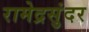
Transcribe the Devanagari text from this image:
रामेद्रसुंदर